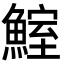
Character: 鰘